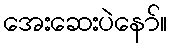
အေးဆေးပဲနော်။